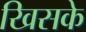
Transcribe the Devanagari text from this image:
खिसके